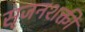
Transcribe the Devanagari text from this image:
सृजनशक्ती